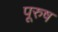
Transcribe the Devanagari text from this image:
पूरुष